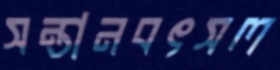
সন্তানবৎসল